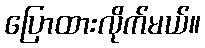
ပြောထားလိုက်မယ်။